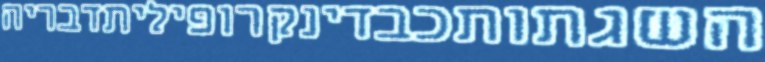
השגתותכבדינקרופיליתדבריה